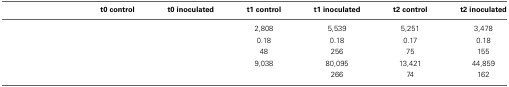
<table><thead><tr><td>[EMPTY_CELL]</td><td><b>t0 control</b></td><td><b>t0 inoculated</b></td><td><b>t1 control</b></td><td><b>t1 inoculated</b></td><td><b>t2 control</b></td><td><b>t2 inoculated</b></td></tr></thead><tbody><tr><td>[EMPTY_CELL]</td><td>[EMPTY_CELL]</td><td>[EMPTY_CELL]</td><td>2,808</td><td>5,539</td><td>5,251</td><td>3,478</td></tr><tr><td>[EMPTY_CELL]</td><td>[EMPTY_CELL]</td><td>[EMPTY_CELL]</td><td>0.18</td><td>0.18</td><td>0.17</td><td>0.18</td></tr><tr><td>[EMPTY_CELL]</td><td>[EMPTY_CELL]</td><td>[EMPTY_CELL]</td><td>48</td><td>256</td><td>75</td><td>155</td></tr><tr><td>[EMPTY_CELL]</td><td>[EMPTY_CELL]</td><td>[EMPTY_CELL]</td><td>9,038</td><td>80,095</td><td>13,421</td><td>44,859</td></tr><tr><td>[EMPTY_CELL]</td><td>[EMPTY_CELL]</td><td>[EMPTY_CELL]</td><td>[EMPTY_CELL]</td><td>266</td><td>74</td><td>162</td></tr></tbody></table>